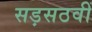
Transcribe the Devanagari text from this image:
सड़सठवीं